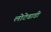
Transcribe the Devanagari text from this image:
लोटेवाडी